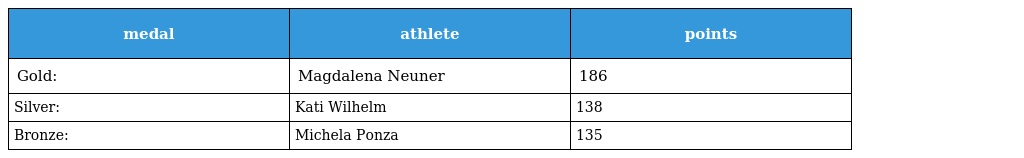
| medal | athlete | points |
 | --- | --- | --- |
 | Gold: | Magdalena Neuner | 186 |
 | Silver: | Kati Wilhelm | 138 |
 | Bronze: | Michela Ponza | 135 |